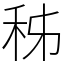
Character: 秭